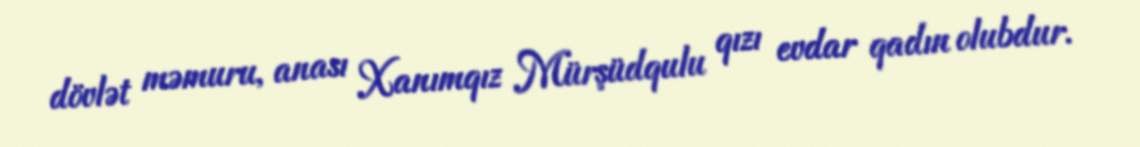
dövlət məmuru, anası Xanımqız Mürşüdqulu qızı evdar qadın olubdur.